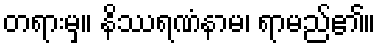
တရားမှ။ နိဿရဏံနာမ၊ ရာမည်၏။